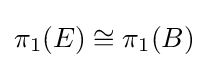
\pi _{1}(E)\cong \pi _{1}(B)